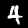
Digit: 4